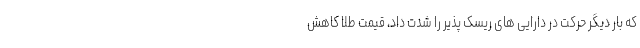
که بار دیگر حرکت در دارایی های ریسک پذیر را شدت داد، قیمت طلا کاهش